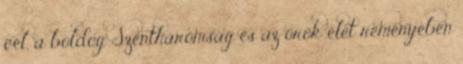
cél, a boldog Szentháromság és az örök élet reményében